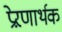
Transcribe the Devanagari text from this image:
प्रेऱणार्थक